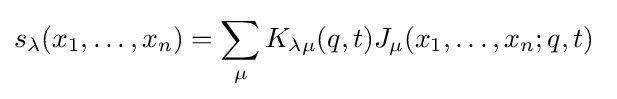
s_{\lambda }(x_{1},\ldots ,x_{n})=\sum _{\mu }K_{\lambda \mu }(q,t)J_{\mu }(x_{1},\ldots ,x_{n};q,t)\